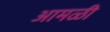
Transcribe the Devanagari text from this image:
आमळी